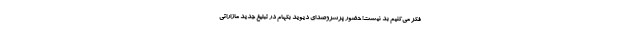
فکر می‌کنیم بد نیست! حضور پرسروصدای دیوید بکهام در تبلیغ جدید مازاراتی